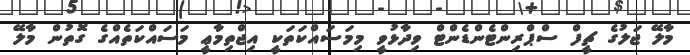
މާލޭ ޖަލުގެ ޗީފް ސްޕްރިންޓެންޑެންޓް ވިދާޅުވީ މިމަސައްކަތަކީ އިޖްތިމާޢީ މަސައްކަތެއްގެ ގޮތުން މާލޭ